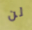
لن